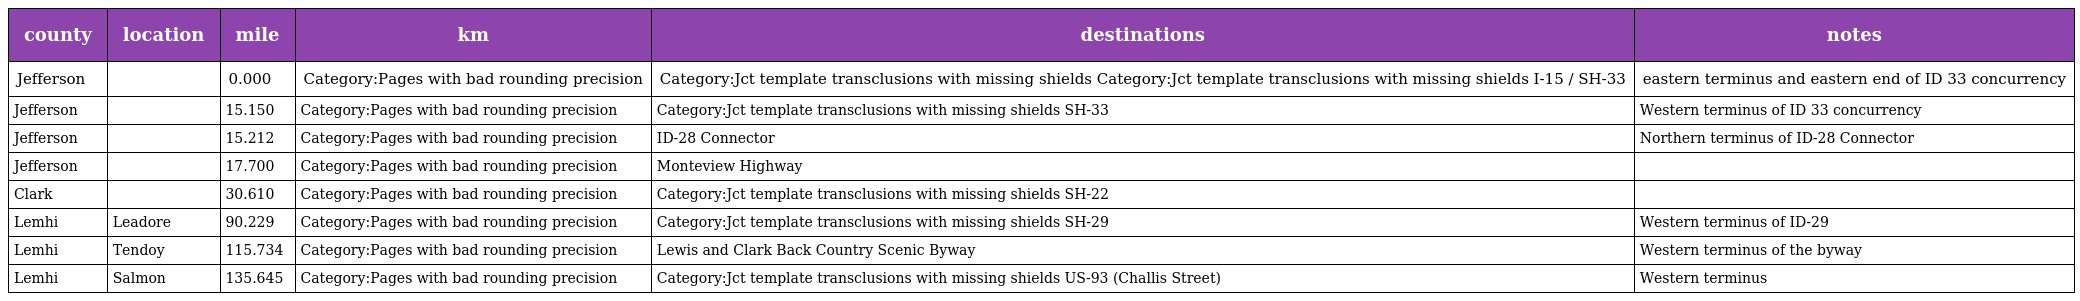
| county | location | mile | km | destinations | notes |
 | --- | --- | --- | --- | --- | --- |
 | Jefferson |  | 0.000 | Category:Pages with bad rounding precision | Category:Jct template transclusions with missing shields Category:Jct template transclusions with missing shields I-15 / SH-33 | eastern terminus and eastern end of ID 33 concurrency |
 | Jefferson |  | 15.150 | Category:Pages with bad rounding precision | Category:Jct template transclusions with missing shields SH-33 | Western terminus of ID 33 concurrency |
 | Jefferson |  | 15.212 | Category:Pages with bad rounding precision | ID-28 Connector | Northern terminus of ID-28 Connector |
 | Jefferson |  | 17.700 | Category:Pages with bad rounding precision | Monteview Highway |  |
 | Clark |  | 30.610 | Category:Pages with bad rounding precision | Category:Jct template transclusions with missing shields SH-22 |  |
 | Lemhi | Leadore | 90.229 | Category:Pages with bad rounding precision | Category:Jct template transclusions with missing shields SH-29 | Western terminus of ID-29 |
 | Lemhi | Tendoy | 115.734 | Category:Pages with bad rounding precision | Lewis and Clark Back Country Scenic Byway | Western terminus of the byway |
 | Lemhi | Salmon | 135.645 | Category:Pages with bad rounding precision | Category:Jct template transclusions with missing shields US-93 (Challis Street) | Western terminus |